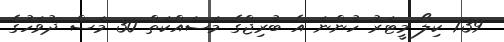
1.39 ކިލޯ މީޓަރު ހުންނަ އެ ބުރިޖްގެ މަސައްކަތް 30 މަސް ދުވަހުގެ